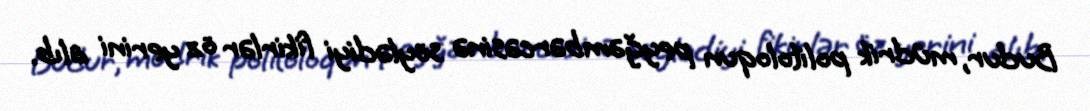
Budur, müdrik politoloqun peyğəmbərcəsinə söylədiyi fikirlər öz yerini alıb.